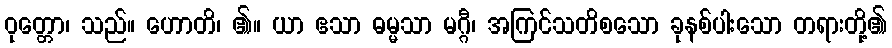
ဝုတ္တော၊ သည်။ ဟောတိ၊ ၏။ ယာ ဧသာ ဓမ္မသာ မဂ္ဂီ၊ အကြင်သတိစသော ခုနစ်ပါးသော တရားတို့၏